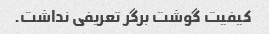
کیفیت گوشت برگر تعریفی نداشت.